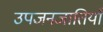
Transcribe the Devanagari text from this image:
उपजनजातियाँ